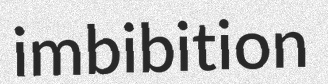
imbibition